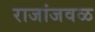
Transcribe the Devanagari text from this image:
राजांजवळ